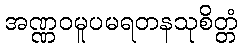
အဏ္ဏဝမူပမရတနသုစိတ္တံ